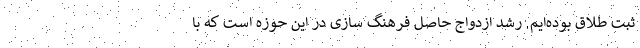
ثبت طلاق بوده‌ایم. رشد ازدواج حاصل فرهنگ سازی در این حوزه است که با